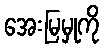
အေးမြမှုကို